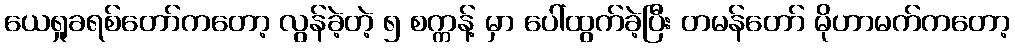
ယေရှုခရစ်တော်ကတော့ လွန်ခဲ့တဲ့ ၅ စက္ကန့် မှာ ပေါ်ထွက်ခဲ့ပြီး တမန်တော် မိုဟာမက်ကတော့